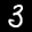
Label: 3